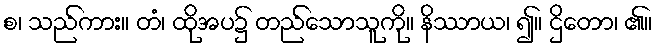
စ၊ သည်ကား။ တံ၊ ထိုအပ၌ တည်သောသူကို။ နိဿာယ၊ ၍။ ဌိတော၊ ၏။